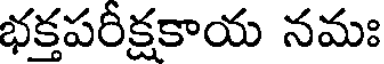
భక్తపరీక్షకాయ నమః